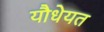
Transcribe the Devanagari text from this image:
यौधेयत